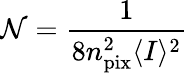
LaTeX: \mathcal{N}=\frac{1}{8n_{\mathrm{pix}}^{2}\langle I\rangle^{2}}